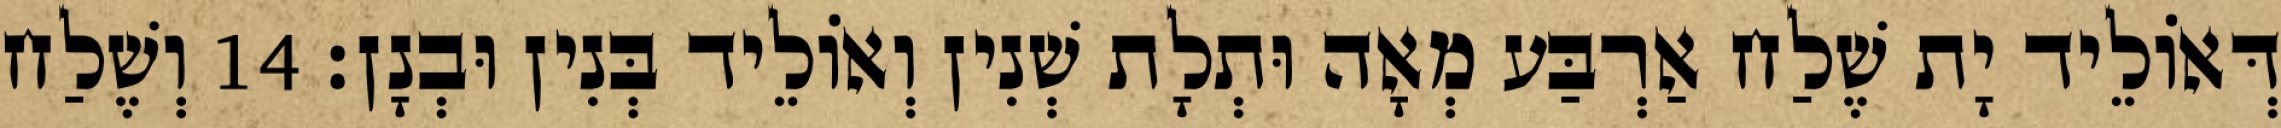
דְּאוֹלֵיד יָת שֶׁלַח אַרְבַּע מְאָה וּתְלָת שְׁנִין וְאוֹלֵיד בְּנִין וּבְנָן׃ 14 וְשֶׁלַח